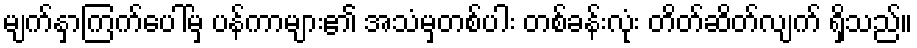
မျက်နှာကြက်ပေါ်မှ ပန်ကာများ၏ အသံမှတစ်ပါး တစ်ခန်းလုံး တိတ်ဆိတ်လျက် ရှိသည်။